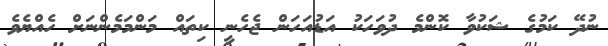
ނުދޭ ކަމުގެ ޝަކުވާ ކޮންމެ ދުވަހަކު އަޑުއަހަން ޖެހެނީ ކިތައް މަންމަމެންނަށް ހެއްޔެވެ